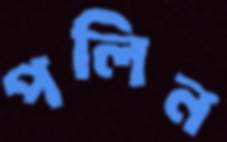
পলিন